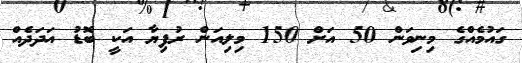
ގައުމެއްގެ މިނިވަން 50 އަށް 150 މިލިއަން ރުފިޔާ އަކީ ބޮޑު އަދަދެއް